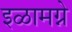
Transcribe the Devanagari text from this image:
इळामग्ने